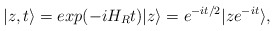
\begin{align*}|z,t \rangle = exp(-i H_R t)|z \rangle = e^{-i t/2}|z e^{-i t}\rangle,\end{align*}